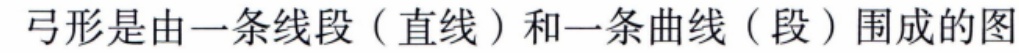
弓形是由一条线段（直线）和一条曲线（段）围成的图